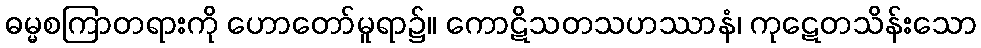
ဓမ္မစကြာတရားကို ဟောတော်မူရာ၌။ ကောဋိသတသဟဿာနံ၊ ကုဋေတသိန်းသော